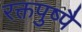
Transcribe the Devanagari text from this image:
रक्तपुष्पै